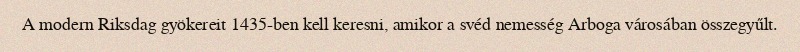
A modern Riksdag gyökereit 1435-ben kell keresni, amikor a svéd nemesség Arboga városában összegyűlt.